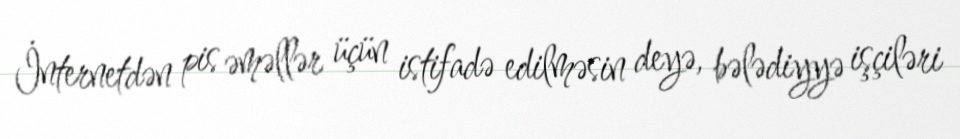
İnternetdən pis əməllər üçün istifadə edilməsin deyə, bələdiyyə işçiləri